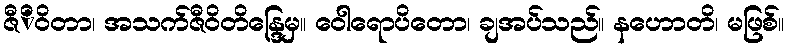
ဇီိဝိတာ၊ အသက်ဇီဝိတိန္ဒြေမှ။ ဝေါရောပိတော၊ ချအပ်သည်။ နဟောတိ၊ မဖြစ်။